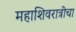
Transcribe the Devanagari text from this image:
महाशिवरात्रीचा